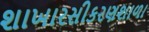
શાખારસીકરણશાળા